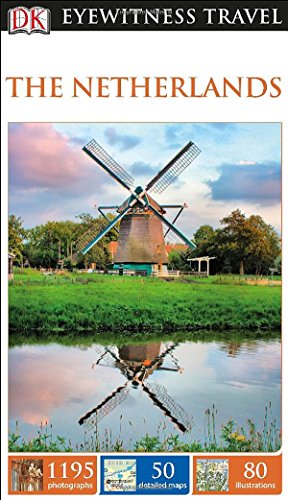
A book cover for DK Eyewitness Travel Guide: The Netherlands; DK Publishing; Travel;